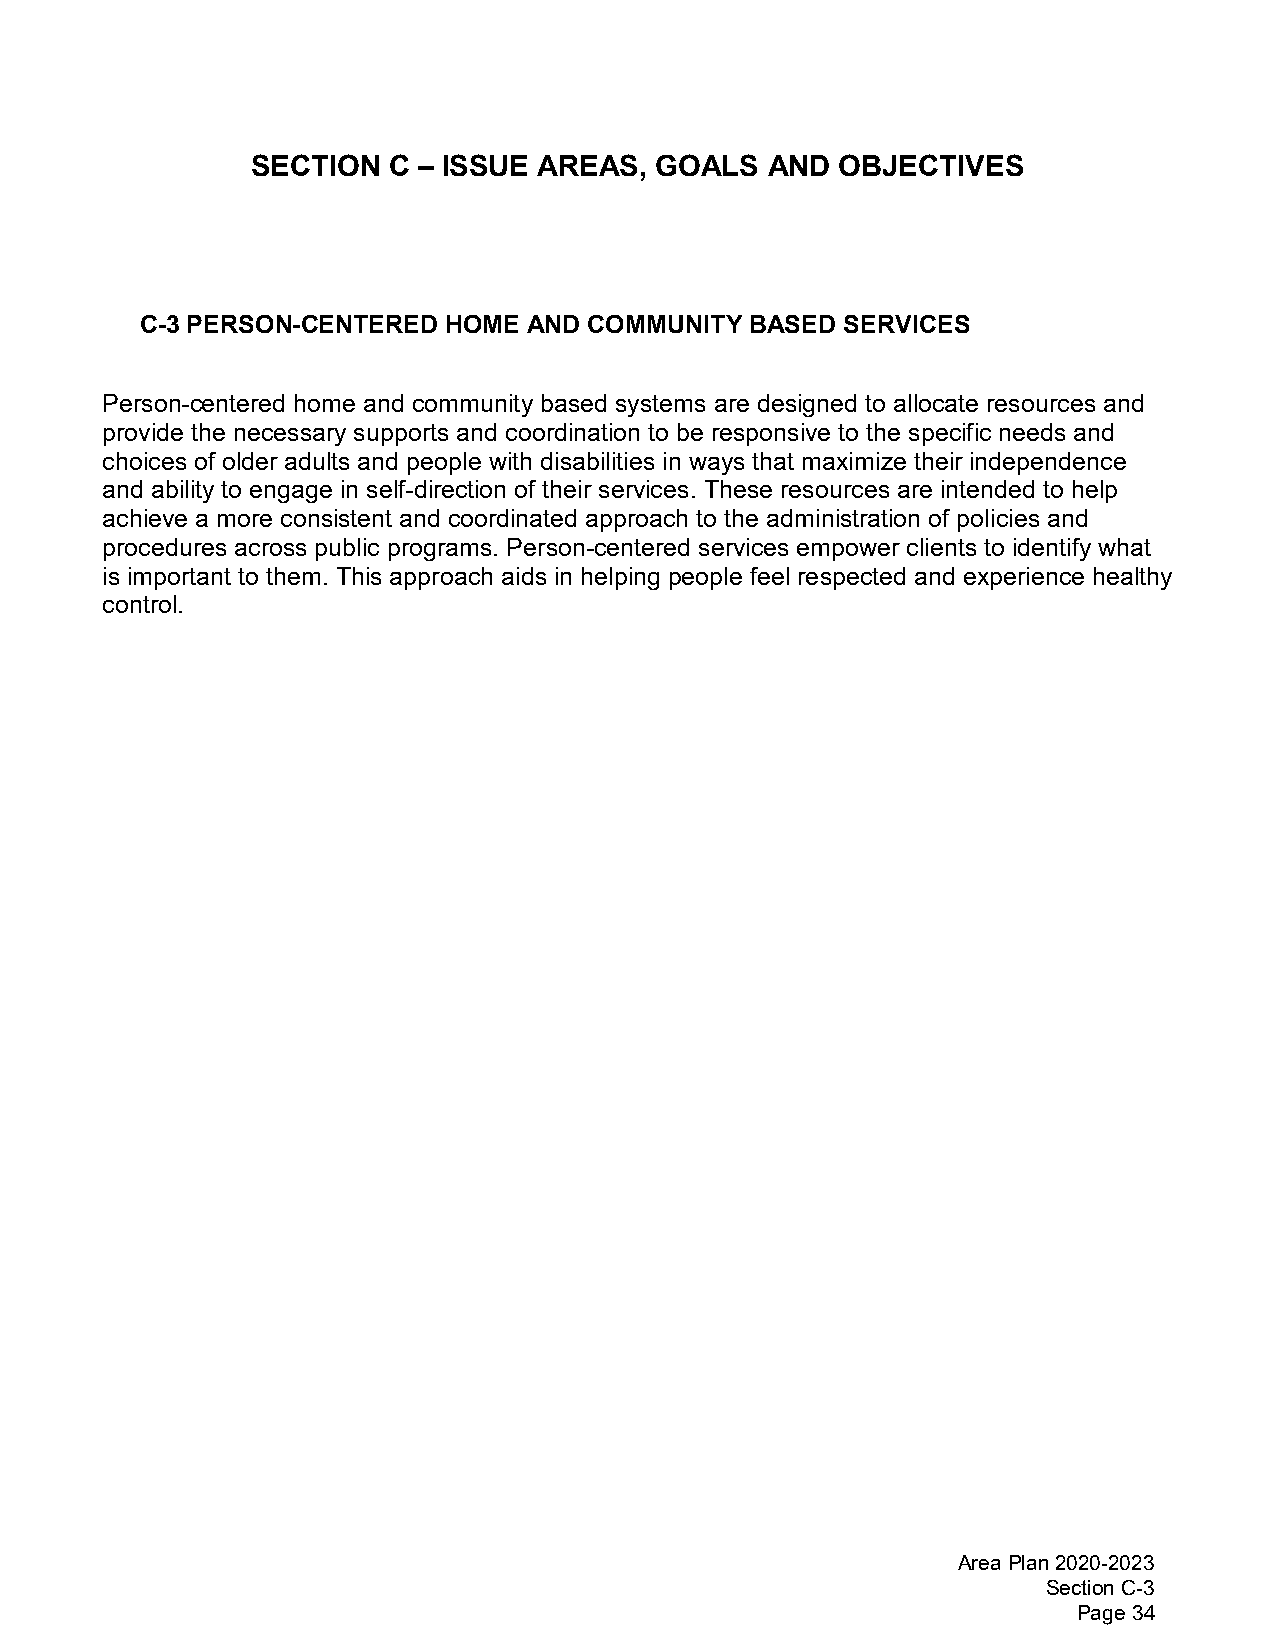
SECTION  C – ISSUE AREAS, GOALS   AND  OBJECTIVES
 C-3 PERSON-CENTERED HOME  AND COMMUNITY  BASED SERVICES
 Person-centered home and community based systems are designed to allocate resources and
 provide the necessary supports and coordination to be responsive to the specific needs and
 choices of older adults and people with disabilities in ways that maximize their independence
 and ability to engage in self-direction of their services. These resources are intended to help
 achieve a more consistent and coordinated approach to the administration of policies and
 procedures across public programs. Person-centered services empower clients to identify what
 is important to them. This approach aids in helping people feel respected and experience healthy
 control.
 Area Plan 2020-2023
 Section C-3
 Page 34